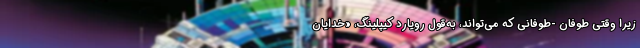
زیرا وقتی طوفان -طوفانی که می‌تواند، به‌قول رویارد کیپلینگ، «خدایان